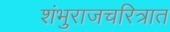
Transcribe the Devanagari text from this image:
शंभुराजचरित्रात